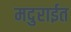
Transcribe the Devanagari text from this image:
मदुराईत